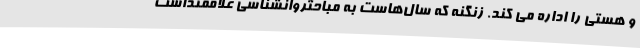
و هستی را اداره می کند. زنگنه که سال‌هاست به مباحثروانشناسی علاقمنداست